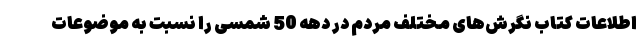
اطلاعات کتاب نگرش‌های مختلف مردم در دهه 50 شمسی را نسبت به موضوعات